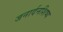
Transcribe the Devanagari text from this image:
जनार्दनशिष्य